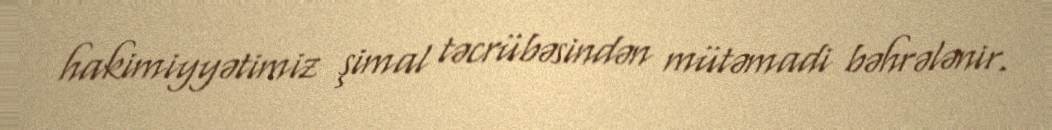
hakimiyyətimiz şimal təcrübəsindən mütəmadi bəhrələnir.